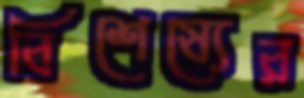
বিশেষ্যের